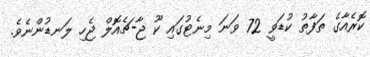
ކޮރެއާގެ ތަފާތު ކުޑަވީ 72 ވަނަ މިނެޓުގައި ކޫ ޖާ-ޗެއޮލް ޖެހި ލަނޑުންނެވެ.